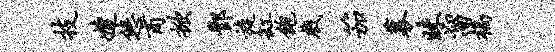
技婕悠商掀酆旋缸饱戏笳募昧溜槁